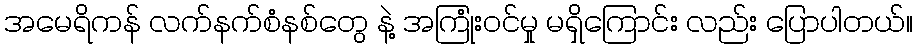
အမေရိကန် လက်နက်စံနစ်တွေ နဲ့ အကြုံးဝင်မှု မရှိကြောင်း လည်း ပြောပါတယ်။